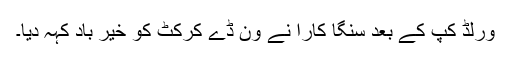
ورلڈ کپ کے بعد سنگا کارا نے ون ڈے کرکٹ کو خیر باد کہہ دیا۔